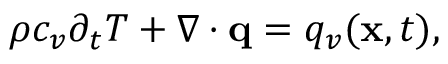
\begin{array} { r } { \rho c _ { v } \partial _ { t } T + \nabla \cdot \mathbf q = q _ { v } ( \mathbf x , t ) , } \end{array}